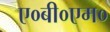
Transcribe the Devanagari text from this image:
ए०बी०एम०